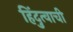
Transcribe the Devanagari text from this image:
हिंदुत्वाची